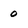
Character: 0